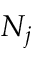
N _ { j }